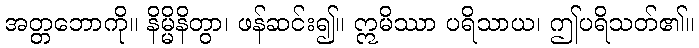
အတ္တဘောကို။ နိမ္မိနိတွာ၊ ဖန်ဆင်း၍။ ဣမိဿာ ပရိသာယ၊ ဤပရိသတ်၏။